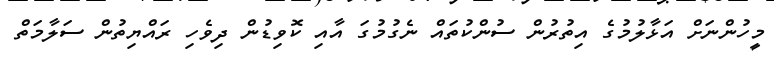
މީހުންނަށް އަޅާލުމުގެ އިތުރުން ސުންކުތައް ނެގުމުގަ އާއި ކޮވިޑުން ދިވެހި ރައްޔިތުން ސަލާމަތް